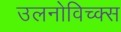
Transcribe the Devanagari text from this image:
उलनोविच्क्स